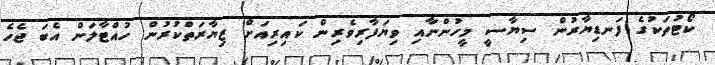
ކޯޓުތަކުގެ ފަނޑިޔާރުން ސިޔާސީ މީހުންނާއި ވިޔަފާރިވެރިން ކައިރިއަށް ޒިޔާރަތްކުރުން ހުއްޓާލަން އެބަ ޖެހެ